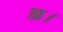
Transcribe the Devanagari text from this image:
अ।